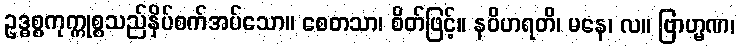
ဥဒ္ဓစ္စကုက္ကုစ္စသည်နှိပ်စက်အပ်သော။ စေတသာ၊ စိတ်ဖြင့်။ နဝိဟရတိ၊ မနေ၊ လ။ ဗြာဟ္မဏ၊